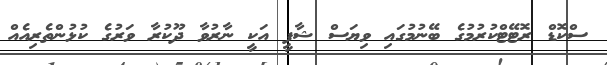
ސްކޮޑް ރޮޓޭޓްކުރުމުގެ ބޭނުމުގައި ވިޔަސް ޝާފީ އަކީ ނާރުވާ ދޫކުރާ ވަރުގެ ކުޅުންތެރިއެއް